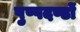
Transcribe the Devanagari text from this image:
पुष्पदण्डों